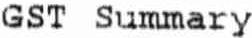
GST SUMMARY